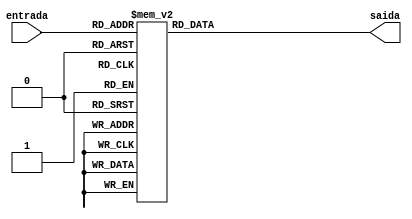
module decodificador7s(entrada, saida);

input [3:0] entrada;
output reg [0:6] saida;

always@(entrada)
begin
	case(entrada)
		4'b0000:
			saida = 7'b0000001;
		4'b0001:
			saida = 7'b1001111;
		4'b0010:
			saida = 7'b0010010;
		4'b0011:
			saida = 7'b0000110;
		4'b0100:
			saida = 7'b1001100;
		4'b0101:
			saida = 7'b0100100;
		4'b0110:
			saida = 7'b0100000;
		4'b0111:
			saida = 7'b0001111;
		4'b1000:
			saida = 7'b0000000;
		4'b1001:
			saida = 7'b0001100;
		default:
			saida = 7'b1111111;
	endcase
end


endmodule